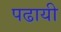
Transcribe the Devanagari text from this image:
पढायी